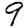
Digit: 9